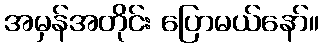
အမှန်အတိုင်း ပြောမယ်နော်။